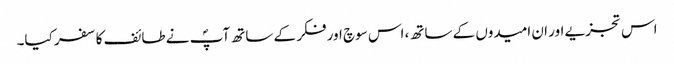
اس تجزیے اور ان امیدوں کے ساتھ، اس سوچ اور فکر کے ساتھ آپؐ نے طائف کا سفر کیا۔